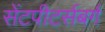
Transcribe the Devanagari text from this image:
सेंटपीटर्सबर्ग